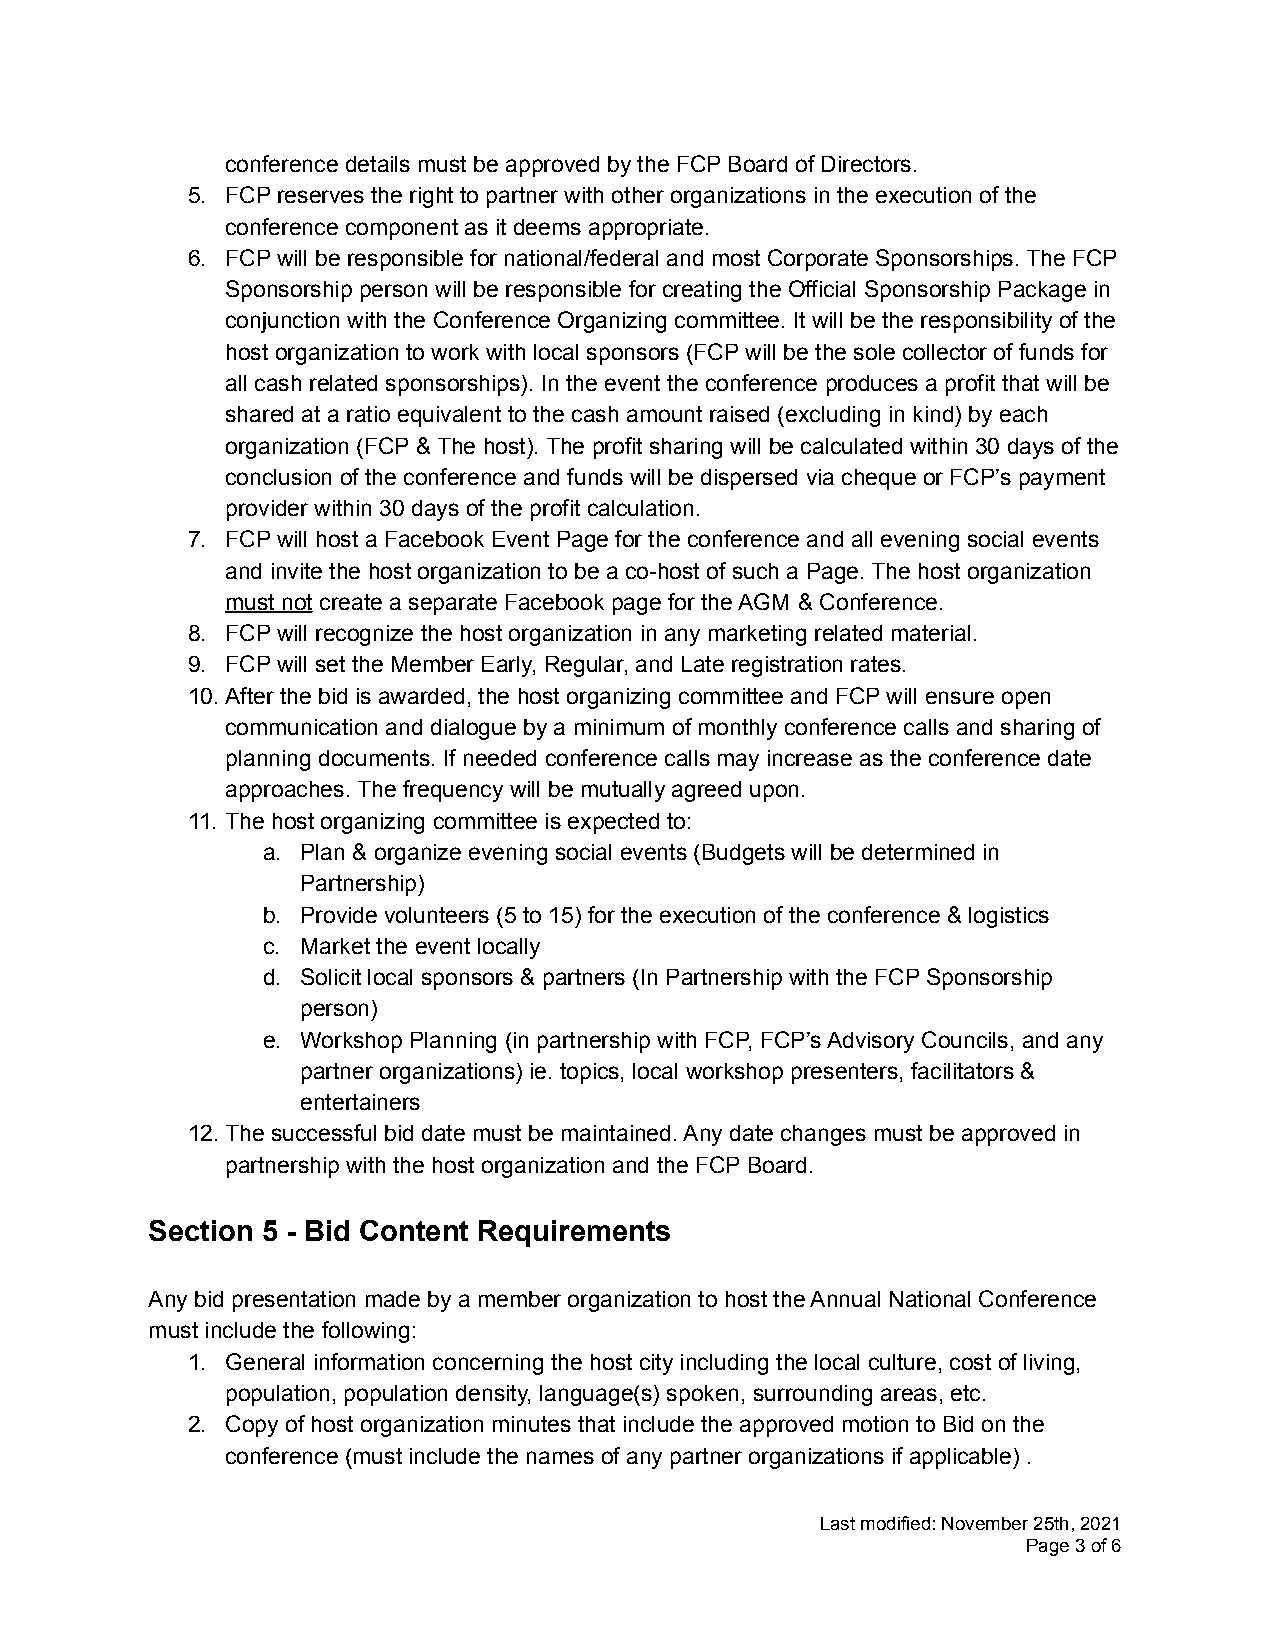
conference details must be approved by the FCP Board of Directors.
 5. FCP reserves the right to partner with other organizations in the execution of the
 conference component as it deems appropriate.
 6. FCP will be responsible for national/federal and most Corporate Sponsorships. The FCP
 Sponsorship person will be responsible for creating the Official Sponsorship Package in
 conjunction with the Conference Organizing committee. It will be the responsibility of the
 host organization to work with local sponsors (FCP will be the sole collector of funds for
 all cash related sponsorships). In the event the conference produces a profit that will be
 shared at a ratio equivalent to the cash amount raised (excluding in kind) by each
 organization (FCP & The host). The profit sharing will be calculated within 30 days of the
 conclusion of the conference and funds will be dispersed via cheque or FCP’s payment
 provider within 30 days of the profit calculation.
 7. FCP will host a Facebook Event Page for the conference and all evening social events
 and invite the host organization to be a co-host of such a Page. The host organization
 must not create a separate Facebook page for the AGM & Conference.
 8. FCP will recognize the host organization in any marketing related material.
 9. FCP will set the Member Early, Regular, and Late registration rates.
 10.After the bid is awarded, the host organizing committee and FCP will ensure open
 communication and dialogue by a minimum of monthly conference calls and sharing of
 planning documents. If needed conference calls may increase as the conference date
 approaches. The frequency will be mutually agreed upon.
 11. The host organizing committee is expected to:
 a. Plan & organize evening social events (Budgets will be determined in
 Partnership)
 b. Provide volunteers (5 to 15) for the execution of the conference & logistics
 c. Market the event locally
 d. Solicit local sponsors & partners (In Partnership with the FCP Sponsorship
 person)
 e. Workshop Planning (in partnership with FCP, FCP’s Advisory Councils, and any
 partner organizations) ie. topics, local workshop presenters, facilitators &
 entertainers
 12.The successful bid date must be maintained. Any date changes must be approved in
 partnership with the host organization and the FCP Board.
 Section 5 - Bid Content Requirements
 Any bid presentation made by a member organization to host the Annual National Conference
 must include the following:
 1. General information concerning the host city including the local culture, cost of living,
 population, population density, language(s) spoken, surrounding areas, etc.
 2. Copy of host organization minutes that include the approved motion to Bid on the
 conference (must include the names of any partner organizations if applicable) .
 Last modified: November 25th, 2021
 Page3of6